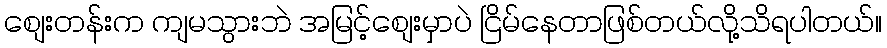
စျေးတန်းက ကျမသွားဘဲ အမြင့်စျေးမှာပဲ ငြိမ်နေတာဖြစ်တယ်လို့သိရပါတယ်။